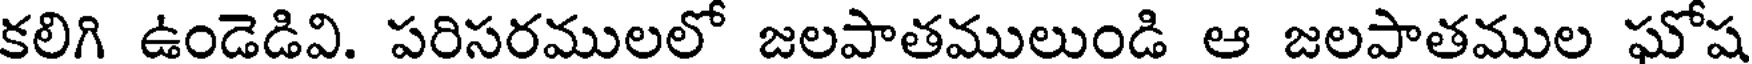
కలిగి ఉండెడివి. పరిసరములలో జలపాతములుండి ఆ జలపాతముల ఘోష